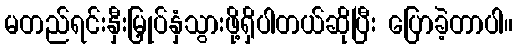
မတည်ရင်းနှီးမြှုပ်နှံသွားဖို့ရှိပါတယ်ဆိုပြီး ပြောခဲ့တာပါ။